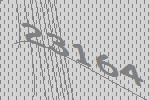
23164